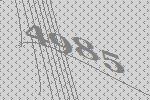
4985